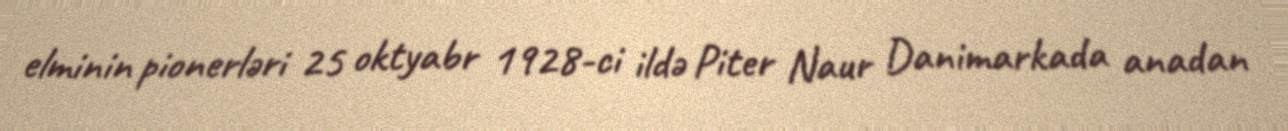
elminin pionerləri 25 oktyabr 1928-ci ildə Piter Naur Danimarkada anadan